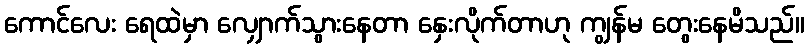
ကောင်လေး ရေထဲမှာ လျှောက်သွားနေတာ နှေးလိုက်တာဟု ကျွန်မ တွေးနေမိသည်။